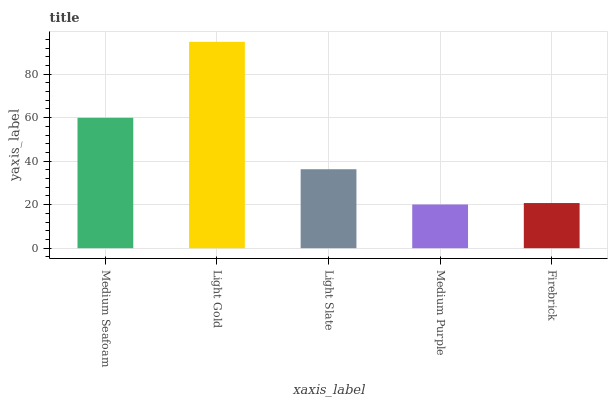
| xaxis_label | bars |
 | --- | --- |
 | Medium Seafoam | 59.9 |
 | Light Gold | 94.9 |
 | Light Slate | 36.3 |
 | Medium Purple | 20.1 |
 | Firebrick | 20.8 |